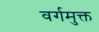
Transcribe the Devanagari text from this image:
वर्गमुक्त